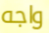
واجه